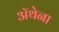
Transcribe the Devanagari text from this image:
ॲथेना